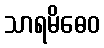
သာရမိဓေဝ